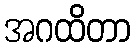
အဂထိတာ